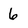
Character: 6